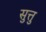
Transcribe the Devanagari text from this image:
सुत्तु